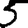
Digit: 5